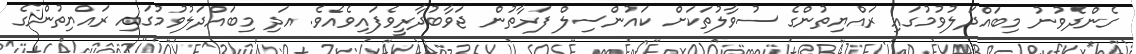
ގެންދެވުނު މިބައްދަލުވުމުގައި ރައްޔިތުންގެ ސުވާލުތަކަށް ކައުންސިލް ފަރާތުން ޖަވާބުދާރީވެފައިވެއެވެ. އަދި މިބައްދަލުވުމުގައި ރައްޔިތުންގެ